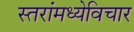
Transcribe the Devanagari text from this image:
स्तरांमध्येविचार